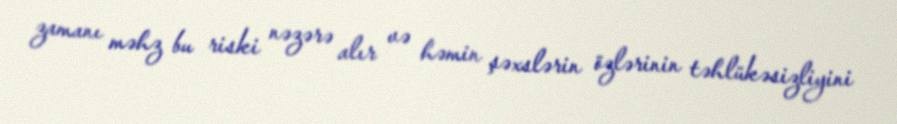
zamanı məhz bu riski nəzərə alır və həmin şəxslərin özlərinin təhlükəsizliyini